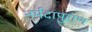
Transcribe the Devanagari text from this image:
नर्मदापुराण